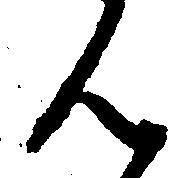
ん